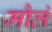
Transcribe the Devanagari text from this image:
मौलं